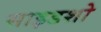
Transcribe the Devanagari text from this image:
साइडशो